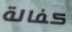
كفالة